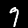
Digit: 7